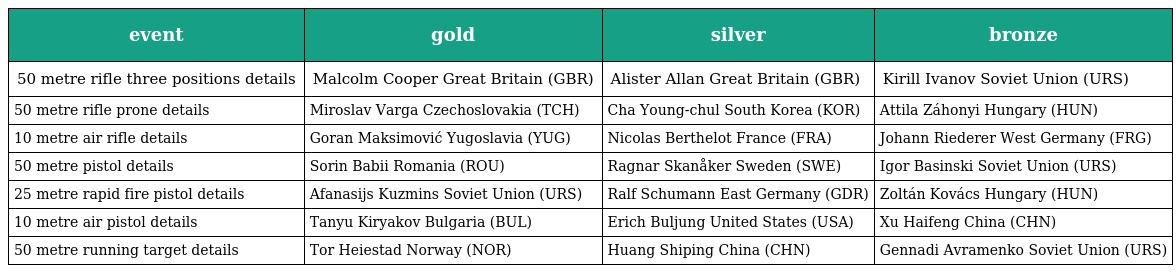
| event | gold | silver | bronze |
 | --- | --- | --- | --- |
 | 50 metre rifle three positions details | Malcolm Cooper Great Britain (GBR) | Alister Allan Great Britain (GBR) | Kirill Ivanov Soviet Union (URS) |
 | 50 metre rifle prone details | Miroslav Varga Czechoslovakia (TCH) | Cha Young-chul South Korea (KOR) | Attila Záhonyi Hungary (HUN) |
 | 10 metre air rifle details | Goran Maksimović Yugoslavia (YUG) | Nicolas Berthelot France (FRA) | Johann Riederer West Germany (FRG) |
 | 50 metre pistol details | Sorin Babii Romania (ROU) | Ragnar Skanåker Sweden (SWE) | Igor Basinski Soviet Union (URS) |
 | 25 metre rapid fire pistol details | Afanasijs Kuzmins Soviet Union (URS) | Ralf Schumann East Germany (GDR) | Zoltán Kovács Hungary (HUN) |
 | 10 metre air pistol details | Tanyu Kiryakov Bulgaria (BUL) | Erich Buljung United States (USA) | Xu Haifeng China (CHN) |
 | 50 metre running target details | Tor Heiestad Norway (NOR) | Huang Shiping China (CHN) | Gennadi Avramenko Soviet Union (URS) |